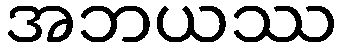
အဘယဿ